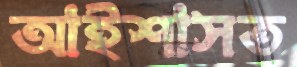
আইশাসত